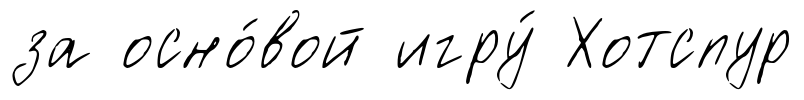
за осно́вой игру́ Хотспур